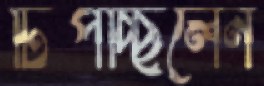
টিপচ্ছিলেন